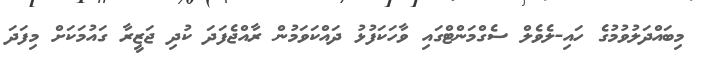
މިބައްދަލުވުމުގެ ހައި-ލެވެލް ސެގްމަންޓްގައި ވާހަކަފުޅު ދައްކަވަމުން ރާއްޖެފަދަ ކުދި ޖަޒީރާ ގައުމަކަށް މިފަދަ